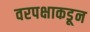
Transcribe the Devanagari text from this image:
वरपक्षाकडून